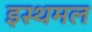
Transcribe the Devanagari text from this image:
इस्थमल